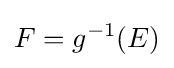
F=g^{-1}(E)